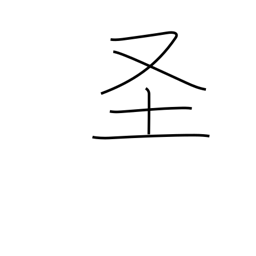
Meaning: holy